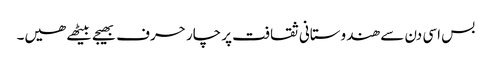
بس اسی دن سے ھندوستانی ثقافت پر چار حرف بھیجے بیٹھے ھیں۔